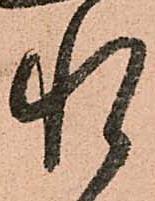
惶